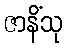
ဇာနိံသု